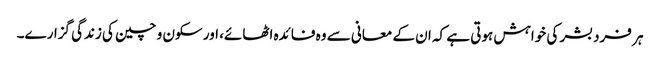
ہر فرد بشر کی خواہش ہوتی ہے کہ ان کے معانی سے وہ فائدہ اٹھائے، اور سکون و چین کی زندگی گزارے۔